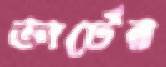
ভার্টের